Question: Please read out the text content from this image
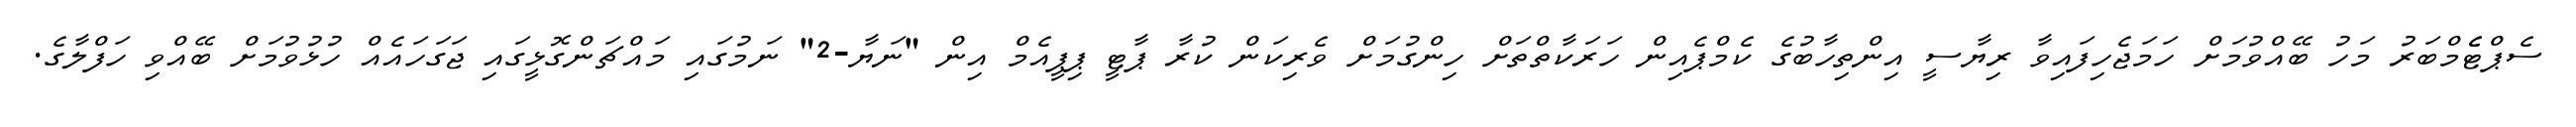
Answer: ސެޕްޓެެމްބަރު މަހު ބޭއްވުމަށް ހަމަޖެހިފައިވާ ރިޔާސީ އިންތިހާބުގެ ކެމްޕެއިން ހަރަކާތްތަށް ހިންގުމަށް ވެރިކަން ކުރާ ޕާޓީ ޕިޕީއެމް އިން "ނަޔާ-2" ނަމުގައި މައްޗަންގޮޅީގައި ޖަގަހައެއް ހުޅުވުމަށް ބޭއްވި ހަފްލާގެ.